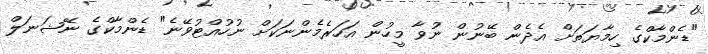
"ޑެންމާކްގެ ހިމާޔަތަށް އެދެން ބޭނުން ނުވާ މީހުން އަހަރެމެންނަކަށް ނުހުއްޓުވޭނެ" ޑެންމާކްގެ ނޭޝަނަލް